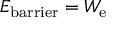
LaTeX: E _ { \mathrm { { b a r r i e r } } } = W _ { \mathrm { { e } } }